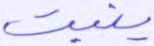
ينبت